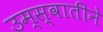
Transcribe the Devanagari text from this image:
उम्स्वातीने